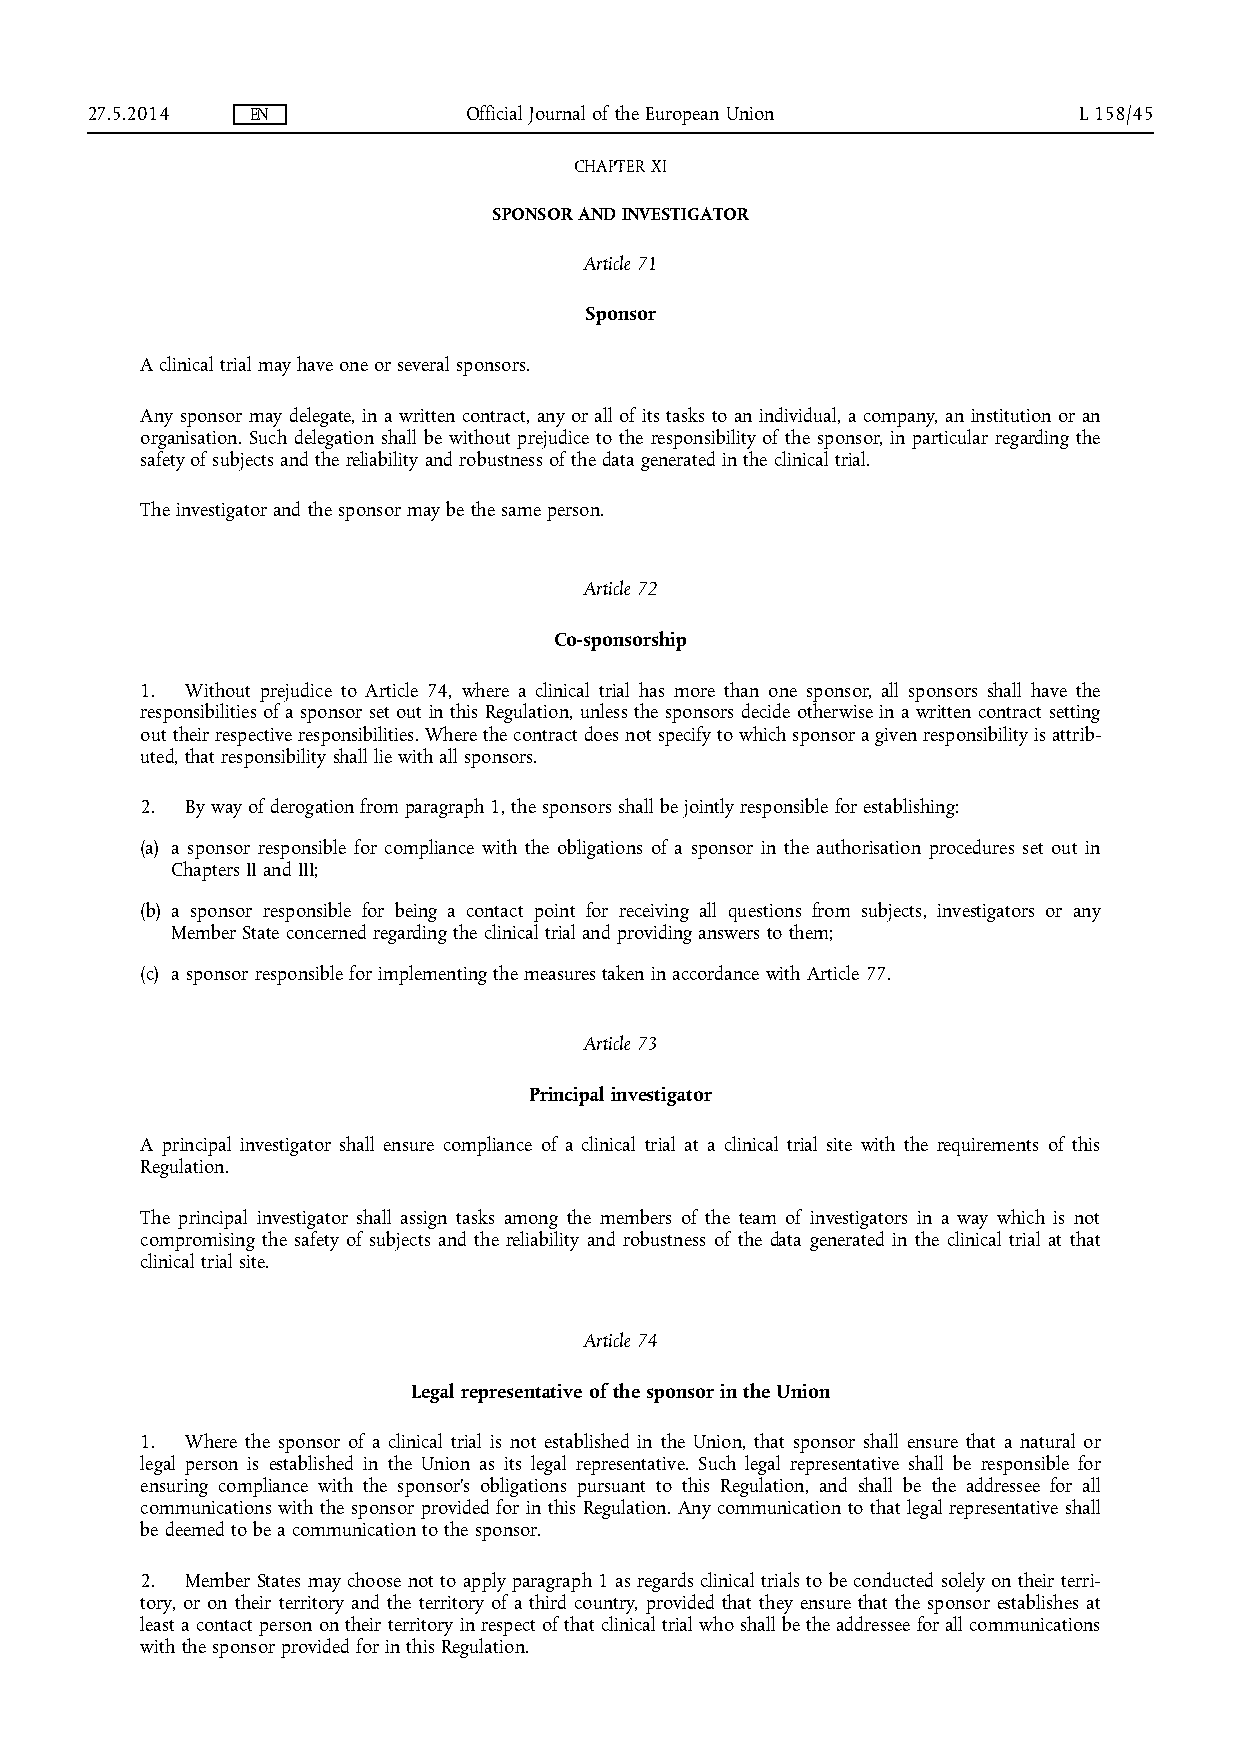
27.5.2014  EN            Official Journal of the European Union  L 158/45
 CHAPTER XI
 SPONSOR AND INVESTIGATOR
 Article 71
 Sponsor
 A clinical trial may have one or several sponsors.
 Any sponsor may delegate, in a written contract, any or all of its tasks to an individual, a company, an institution or an
 organisation. Such delegation shall be without prejudice to the responsibility of the sponsor, in particular regarding the
 safety of subjects and the reliability and robustness of the data generated in the clinical trial.
 The investigator and the sponsor may be the same person.
 Article 72
 Co-sponsorship
 1. Without prejudice to Article 74, where a clinical trial has more than one sponsor, all sponsors shall have the
 responsibilities of a sponsor set out in this Regulation, unless the sponsors decide otherwise in a written contract setting
 out their respective responsibilities. Where the contract does not specify to which sponsor a given responsibility is attrib­
 uted, that responsibility shall lie with all sponsors.
 2. By way of derogation from paragraph 1, the sponsors shall be jointly responsible for establishing:
 (a) a sponsor responsible for compliance with the obligations of a sponsor in the authorisation procedures set out in
 Chapters II and III;
 (b) a sponsor responsible for being a contact point for receiving all questions from subjects, investigators or any
 Member State concerned regarding the clinical trial and providing answers to them;
 (c) a sponsor responsible for implementing the measures taken in accordance with Article 77.
 Article 73
 Principal investigator
 A principal investigator shall ensure compliance of a clinical trial at a clinical trial site with the requirements of this
 Regulation.
 The principal investigator shall assign tasks among the members of the team of investigators in a way which is not
 compromising the safety of subjects and the reliability and robustness of the data generated in the clinical trial at that
 clinical trial site.
 Article 74
 Legal representative of the sponsor in the Union
 1. Where the sponsor of a clinical trial is not established in the Union, that sponsor shall ensure that a natural or
 legal person is established in the Union as its legal representative. Such legal representative shall be responsible for
 ensuring compliance with the sponsor's obligations pursuant to this Regulation, and shall be the addressee for all
 communications with the sponsor provided for in this Regulation. Any communication to that legal representative shall
 be deemed to be a communication to the sponsor.
 2. Member States may choose not to apply paragraph 1 as regards clinical trials to be conducted solely on their terri­
 tory, or on their territory and the territory of a third country, provided that they ensure that the sponsor establishes at
 least a contact person on their territory in respect of that clinical trial who shall be the addressee for all communications
 with the sponsor provided for in this Regulation.